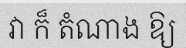
វា ក៏ តំណាង ឱ្យ